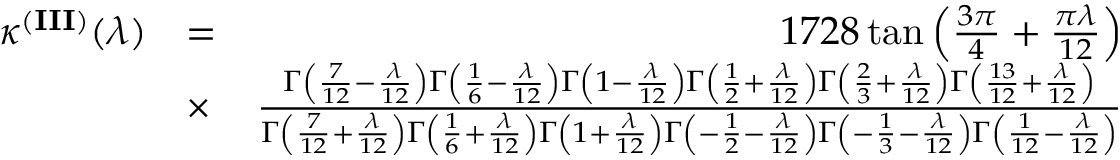
\begin{array} { r l r } { \kappa ^ { ( { \bf I I I } ) } ( \lambda ) } & { = } & { 1 7 2 8 \tan \left( \frac { 3 \pi } { 4 } + \frac { \pi \lambda } { 1 2 } \right) } \\ & { \times } & { \frac { \Gamma \left( \frac { 7 } { 1 2 } - \frac { \lambda } { 1 2 } \right) \Gamma \left( \frac { 1 } { 6 } - \frac { \lambda } { 1 2 } \right) \Gamma \left( 1 - \frac { \lambda } { 1 2 } \right) \Gamma \left( \frac { 1 } { 2 } + \frac { \lambda } { 1 2 } \right) \Gamma \left( \frac { 2 } { 3 } + \frac { \lambda } { 1 2 } \right) \Gamma \left( \frac { 1 3 } { 1 2 } + \frac { \lambda } { 1 2 } \right) } { \Gamma \left( \frac { 7 } { 1 2 } + \frac { \lambda } { 1 2 } \right) \Gamma \left( \frac { 1 } { 6 } + \frac { \lambda } { 1 2 } \right) \Gamma \left( 1 + \frac { \lambda } { 1 2 } \right) \Gamma \left( - \frac { 1 } { 2 } - \frac { \lambda } { 1 2 } \right) \Gamma \left( - \frac { 1 } { 3 } - \frac { \lambda } { 1 2 } \right) \Gamma \left( \frac { 1 } { 1 2 } - \frac { \lambda } { 1 2 } \right) } } \end{array}